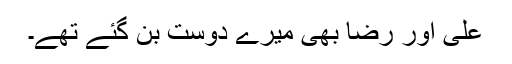
علی اور رضا بھی میرے دوست بن گئے تھے۔